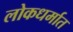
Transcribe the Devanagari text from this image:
लोकधर्मात